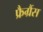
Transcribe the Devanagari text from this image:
फ्रैग्रैंस